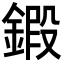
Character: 𨩷